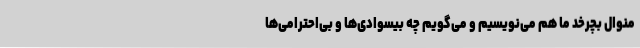
منوال بچرخد ما هم می‌نویسیم و می‌گویم چه بیسوادی‌ها و بی‌احترامی‌ها